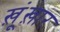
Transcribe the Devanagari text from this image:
ख़ूंख़ार